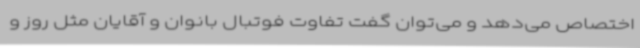
اختصاص می‌دهد و می‌توان گفت تفاوت فوتبال بانوان و آقایان مثل روز و